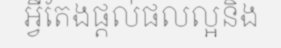
អ្វីតែងផ្តល់ផលល្អនិង